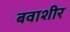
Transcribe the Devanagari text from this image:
बवाशीर